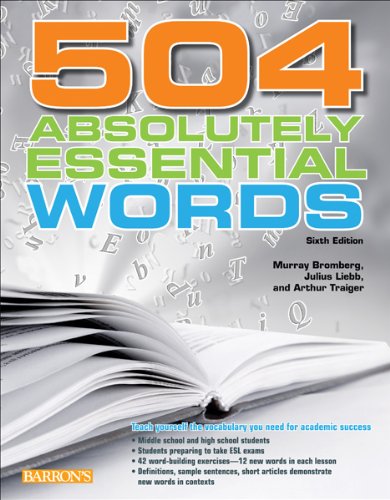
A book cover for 504 Absolutely Essential Words; Murray Bromberg; Reference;